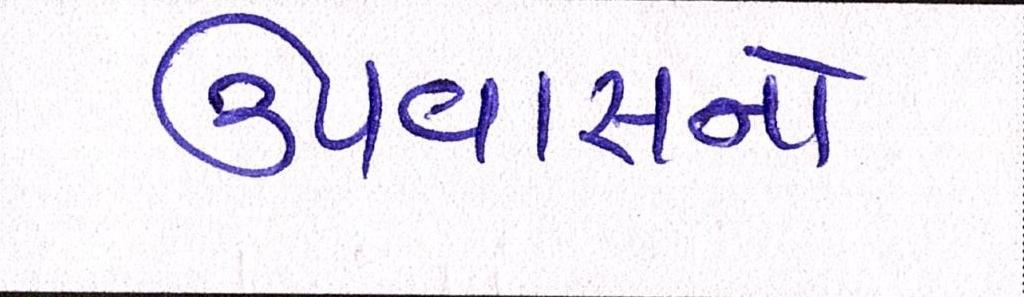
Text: ઉપવાસનો